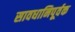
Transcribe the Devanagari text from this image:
सावधानिपूर्वक